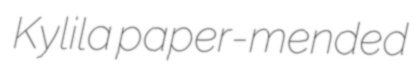
Kylila paper-mended